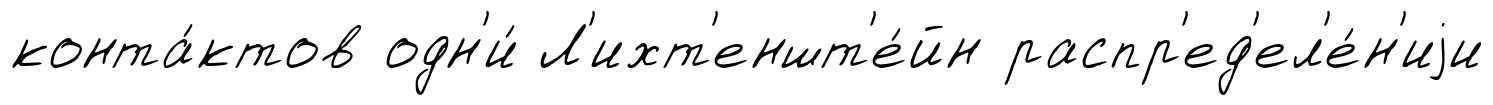
конта́ктов одн'и́ Л'ихт'еншт'е́йн распр'ед'ел'е́н'иjи